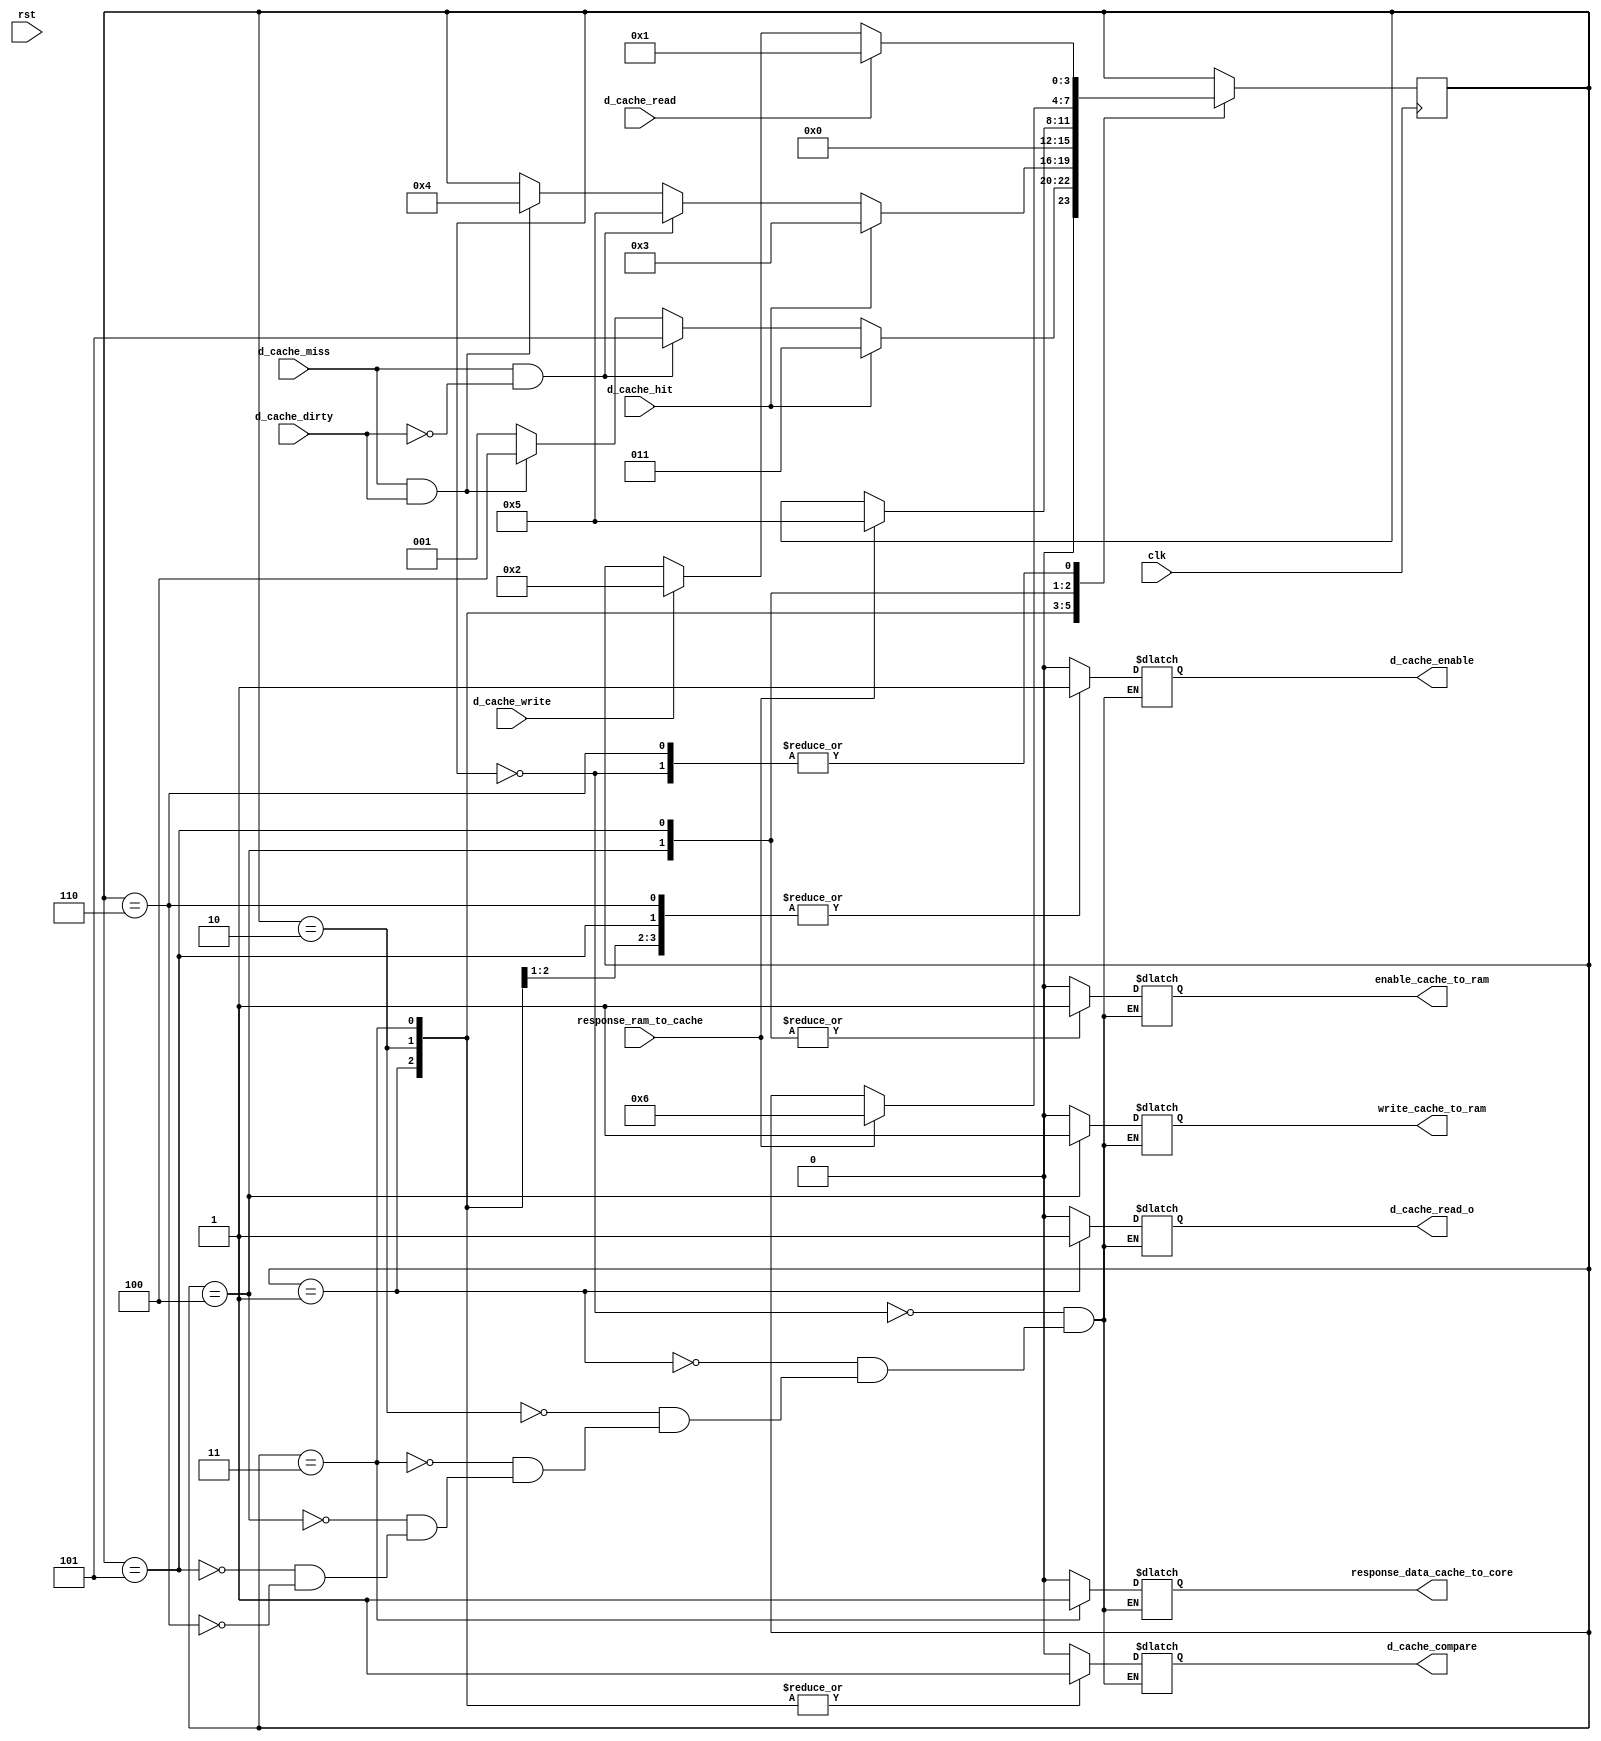
module cache_control(
	//Input
	clk, rst, d_cache_read, d_cache_write, response_ram_to_cache,
	d_cache_miss, d_cache_dirty, d_cache_hit,

	//Output
	d_cache_enable, d_cache_compare, d_cache_read_o,
	enable_cache_to_ram, write_cache_to_ram, response_data_cache_to_core
	);
	input	clk;
	input	rst;
	input	d_cache_read;
	input	d_cache_write;
	input	response_ram_to_cache;

	input	d_cache_miss;
	input	d_cache_dirty;
	input	d_cache_hit;

	output reg	d_cache_enable;
	output reg	d_cache_compare;
	output reg	d_cache_read_o;

	output reg	enable_cache_to_ram;
	output reg	write_cache_to_ram;
	output reg	response_data_cache_to_core;

	reg[3:0] state0;

	initial begin
		state0 = 0;
	end

	always@(posedge clk) begin
		case(state0)
			0: begin
				if(d_cache_read == 1'b1)
					state0	<=	1;
				else if(d_cache_write == 1'b1)
					state0 	<= 	2;
			end
			1: begin
				if(d_cache_hit == 1'b1)
					state0	<=	3;
				else if(d_cache_miss == 1'b1 && d_cache_dirty == 1'b0)
					state0	<=	5;
				else if(d_cache_miss == 1'b1 && d_cache_dirty == 1'b1)
					state0	<=	4;
				else
				    state0	<=	1;
			end
			2: begin
				if(d_cache_hit == 1'b1)
					state0	<=	3;
				else if(d_cache_miss == 1'b1 && d_cache_dirty == 1'b0)
					state0 	<=	5;
				else if(d_cache_miss == 1'b1 && d_cache_dirty == 1'b1)
					state0 	<=	4;
			end
			3: begin
				state0	<=	0;
			end
			4: begin
				if(response_ram_to_cache == 1'b1)
					state0 	<=	5;
			end
			5: begin
				if(response_ram_to_cache == 1'b1)
					state0 	<=	6;
			end
			6: begin
				if(d_cache_read == 1'b1)
					state0	<=	1;
				else if(d_cache_write == 1'b1)
					state0	<=	2;
			end
		endcase
	end

	always@(state0) begin
		case(state0)
			0: begin
				d_cache_enable				<=	0;
				d_cache_compare				<=	0;
				d_cache_read_o				<=	0;
				enable_cache_to_ram			<=	0;
				write_cache_to_ram			<=	0;
				response_data_cache_to_core	<=	0;
			end
			1: begin
				d_cache_enable				<=	1;
				d_cache_compare				<=	1;
				d_cache_read_o				<=	1;
				enable_cache_to_ram			<=	0;
				write_cache_to_ram			<=	0;
				response_data_cache_to_core	<=	0;
			end
			2: begin
				d_cache_enable				<=	1;
				d_cache_compare				<=	1;
				d_cache_read_o				<=	0;
				enable_cache_to_ram			<=	0;
				write_cache_to_ram			<=	0;
				response_data_cache_to_core	<=	0;
			end
			3: begin
				d_cache_enable				<=	0;
				d_cache_compare				<=	1;
				d_cache_read_o				<=	0;
				enable_cache_to_ram			<=	0;
				write_cache_to_ram			<=	0;
				response_data_cache_to_core	<=	1;
			end
			4: begin
				d_cache_enable				<=	0;
				d_cache_compare				<=	0;
				d_cache_read_o				<=	0;
				enable_cache_to_ram			<=	1;
				write_cache_to_ram			<=	1;
				response_data_cache_to_core	<=	0;
			end
			5: begin
				d_cache_enable				<=	1;
				d_cache_compare				<=	0;
				d_cache_read_o				<=	0;
				enable_cache_to_ram			<=	1;
				write_cache_to_ram			<=	0;
				response_data_cache_to_core	<=	0;
			end
			6: begin
				d_cache_enable				<=	1;
				d_cache_compare				<=	0;
				d_cache_read_o				<=	0;
				enable_cache_to_ram			<=	0;
				write_cache_to_ram			<=	0;
				response_data_cache_to_core	<=	0;
			end
	    endcase
	end

endmodule